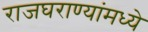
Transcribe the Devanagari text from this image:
राजघराण्यांमध्ये